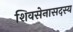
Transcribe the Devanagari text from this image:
शिवसेनासदस्य